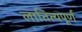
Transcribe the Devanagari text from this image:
लातित्यपूर्ण